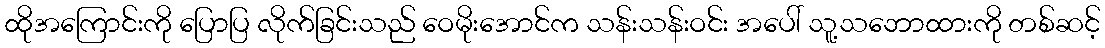
ထိုအကြောင်းကို ပြောပြ လိုက်ခြင်းသည် ဝေမိုးအောင်က သန်းသန်းဝင်း အပေါ် သူ့သဘောထားကို တစ်ဆင့်